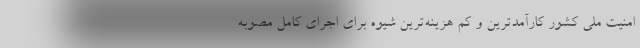
امنیت ملی کشور کارآمدترین و کم هزینه‌ترین شیوه برای اجرای کامل مصوبه